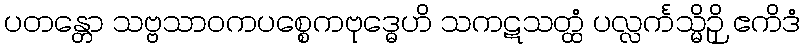
ပတန္တော သဗ္ဗသာဝကပစ္စေကဗုဒ္ဓေဟိ သကဋသတ္ထံ ပလ္လင်္ကသ္မိဉှိ ဧကိဒံ